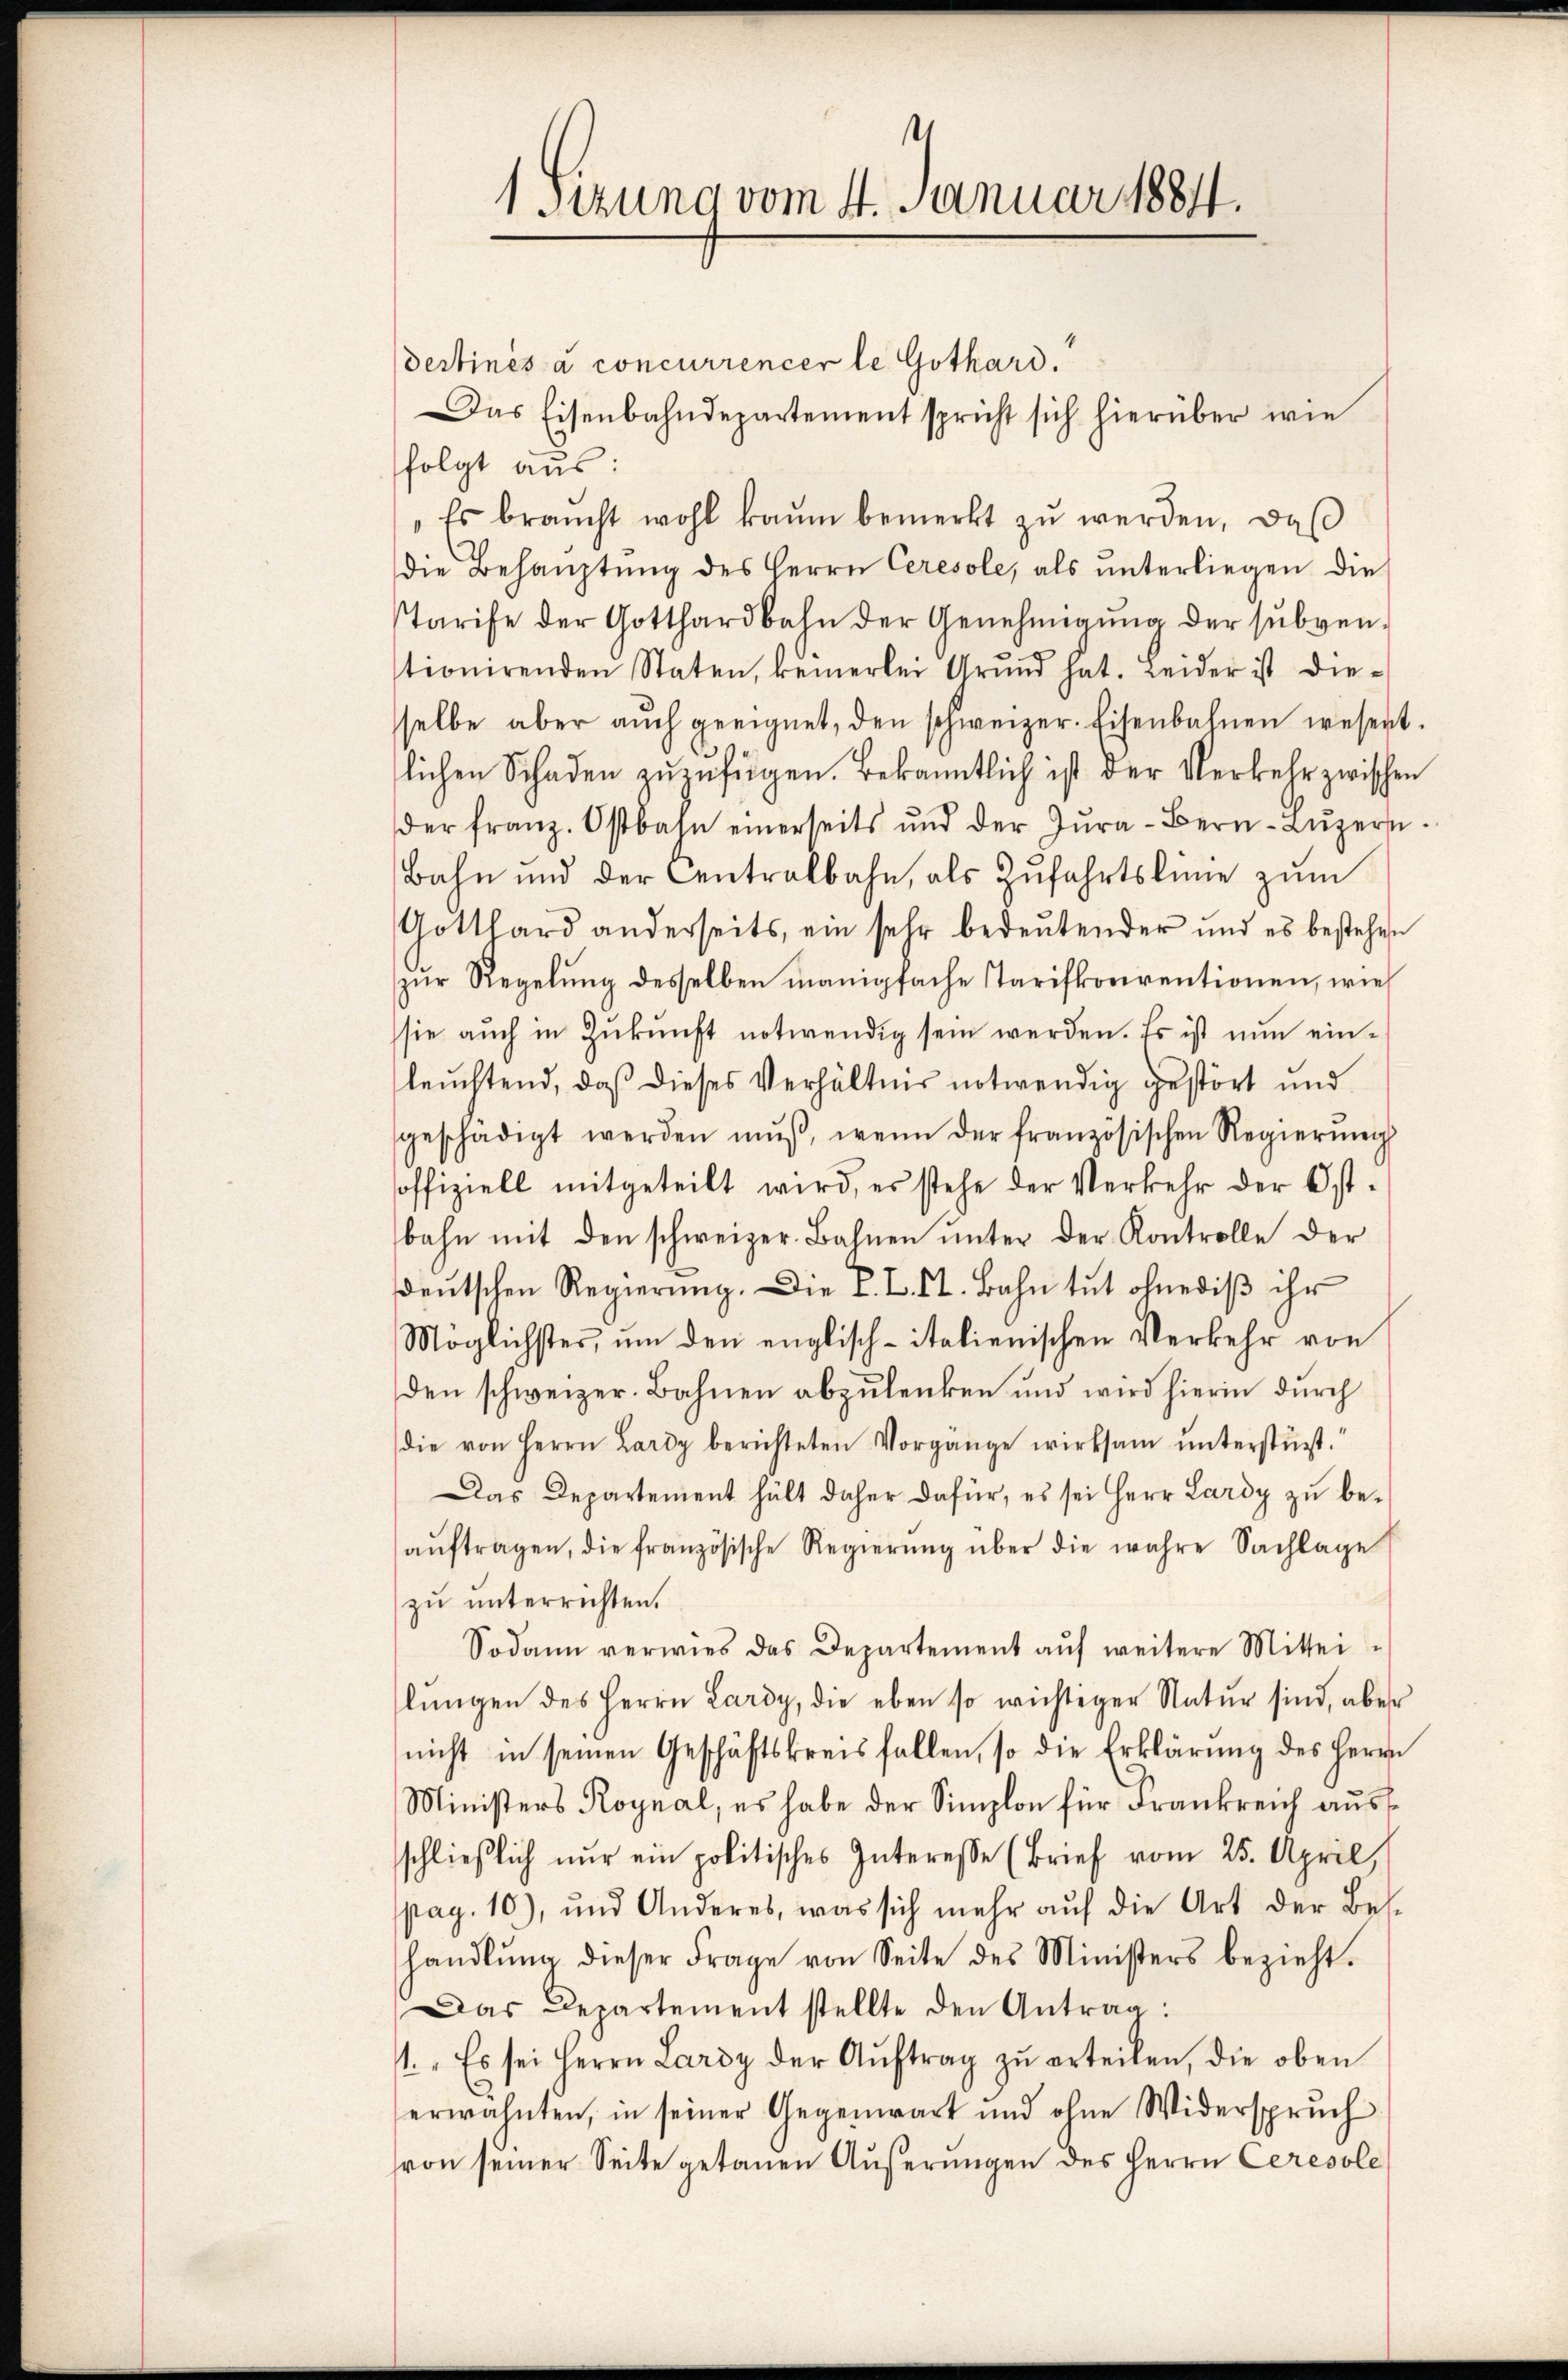
1 Sizung vom 4. Januar 1884.

destinés à concurrencer le Gothard.
Das Eisenbahndepartement spricht sich hierüber wie
folgt aus:
"Es braucht wohl kaum bemerkt zŭ werden, daß
die Behaŭptŭng des Herrn Ceresole, als ŭnterliegen die
Tarife der Gotthardbahn der Genehmigŭng der subven-
tionirenden Staten, keinerlei Grŭnd hat. Leider ist die-
selbe aber aŭch geeignet, den schweizer. Eisenbahnen wesent-
lichen Schaden zŭzŭfügen. Bekanntlich ist der Verkehr zwischen
der franz. Ostbahn einerseits ŭnd der Zŭra-Bern-Lŭzern
Bahn und der Centralbahn, als Zŭfahrtsline zŭm
Gotthard anderseits, ein sehr bedeŭtender und es bestehen
zŭr Regelŭng desselben manigfache Tarifkonventionen, wie
sie auch in Zŭkŭnft notwendig sein werden. Es ist nun einleuchtend, daß dieses Verhältnis notwendig gestört und
geschädigt werden mŭβ, wenn der französischen Regierŭng
offiziell mitgeteilt wird, es stehe der Verkehr der Ist
bahn mit den schweizer. Bahnen ŭnter der Kontrolle der
deŭtschen Regierŭng. Die P. L. St. Bahn tŭt ohnediβ ihr
Möglichster, um den englisch-italienischen Verkehr von
den schweizer. Bahnen abzulenken und wird hierin durch
die von Herrn Lardy berichteten Vorgänge wirksam unterstützt.“
Das Departement hält daher dafür, es sei Herr Lardy zu beaŭftragen, die französische Regierŭng über die wahre Sachlage
zŭ ŭnterrichten.
Sodann verwies das Departement aŭf weitere Mittei-
lŭngen des Herrn Lardy, die eben so wichtiger Natŭr sind, aber
nicht in seinen Geschäftskreis fallen, so die Erklärung des Herrn
Ministers Roynal, es habe der Simplon für Frankreich ausschlieβlich nŭr ein politisches Interesse (Brief vom 25. April,
pag. 10), und Anderes, was sich mehr aŭf die Art der Bes-
handlŭng dieser Frage von Seite des Ministers bezieht.
Das Departement stellte den Antrag:
1." Es sei Herrn Lardy der Aŭftrag zŭ erteilen, die oben
erwähnten, in seiner Gegenwart und ohne Widerspruch
von seiner Seite getanen Äußerungen des Herrn Ceresole